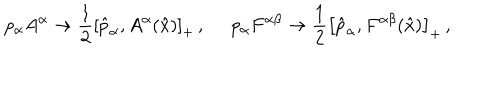
LaTeX: p _ { \alpha } A ^ { \alpha } \rightarrow \frac { 1 } { 2 } \left[ \hat { p } _ { \alpha } , A ^ { \alpha } ( \hat { x } ) \right] _ { + } \, , \, \, \, \, \, \, \, \, p _ { \alpha } F ^ { \alpha \beta } \rightarrow \frac { 1 } { 2 } \left[ \hat { p } _ { \alpha } , F ^ { \alpha \beta } ( \hat { x } ) \right] _ { + } \, ,